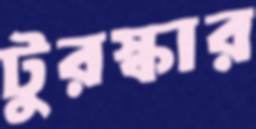
টুরস্কার